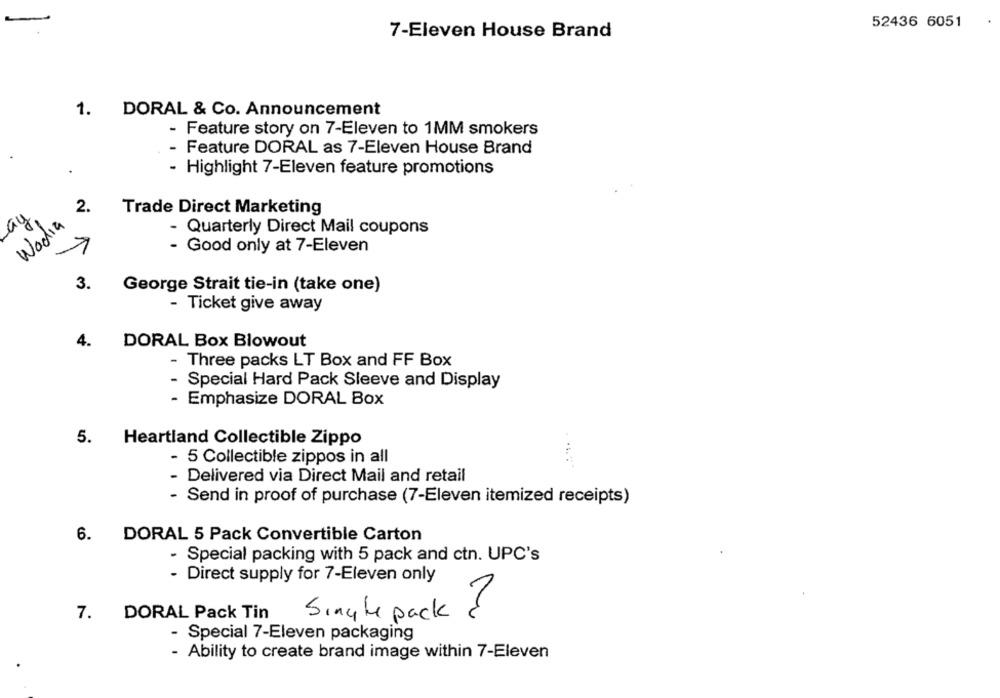
52436 6051
7-Eleven House Brand
1.
DORAL & Co. Announcement
- Feature story on 7-Eleven to 1MM smokers
- Feature DORAL as 7-Eleven House Brand
- Highlight 7-Eleven feature promotions
2.
ay.
Trade Direct Marketing
Wodia
- Quarterly Direct Mail coupons
- Good only at 7-Eleven
3.
George Strait tie-in (take one)
- Ticket give away
4.
DORAL Box Blowout
- Three packs LT Box and FF Box
- Special Hard Pack Sleeve and Display
- Emphasize DORAL Box
5.
Heartland Collectible Zippo
- 5 Collectible zippos in all
- Delivered via Direct Mail and retail
- Send in proof of purchase (7-Eleven itemized receipts)
6. DORAL 5 Pack Convertible Carton
- Special packing with 5 pack and ctn. UPC's
- Direct supply for 7-Eleven only
Single pack ?
7. DORAL Pack Tin
- Special 7-Eleven packaging
- Ability to create brand image within 7-Eleven